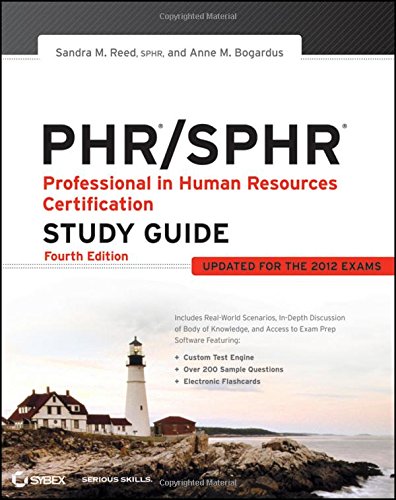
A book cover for PHR / SPHR: Professional in Human Resources Certification Study Guide; Sandra M. Reed; Test Preparation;